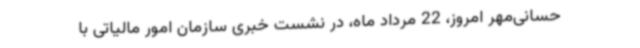
حسانی‌مهر امروز، 22 مرداد ماه، در نشست خبری سازمان امور مالیاتی با